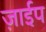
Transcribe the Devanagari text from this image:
ज़ाईप